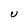
Character: U